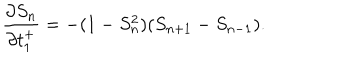
\frac { \partial S _ { n } } { \partial t _ { 1 } ^ { + } } = - ( 1 - S _ { n } ^ { 2 } ) ( S _ { n + 1 } - S _ { n - 1 } ) .